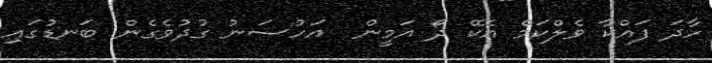
ހާދަ ފައްކާ ވެލްކަމް އެކޭ ދޯ އަމީން  އަހުސަނު ގުދުވެގެން ބަނޑުގައި